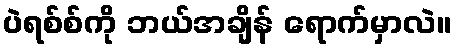
ပဲရစ်စ်ကို ဘယ်အချိန် ရောက်မှာလဲ။